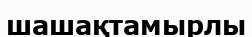
шашақтамырлы